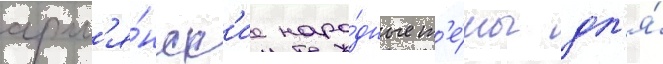
арм'я́нск'ие наро́дные т'е́мы дл'я́